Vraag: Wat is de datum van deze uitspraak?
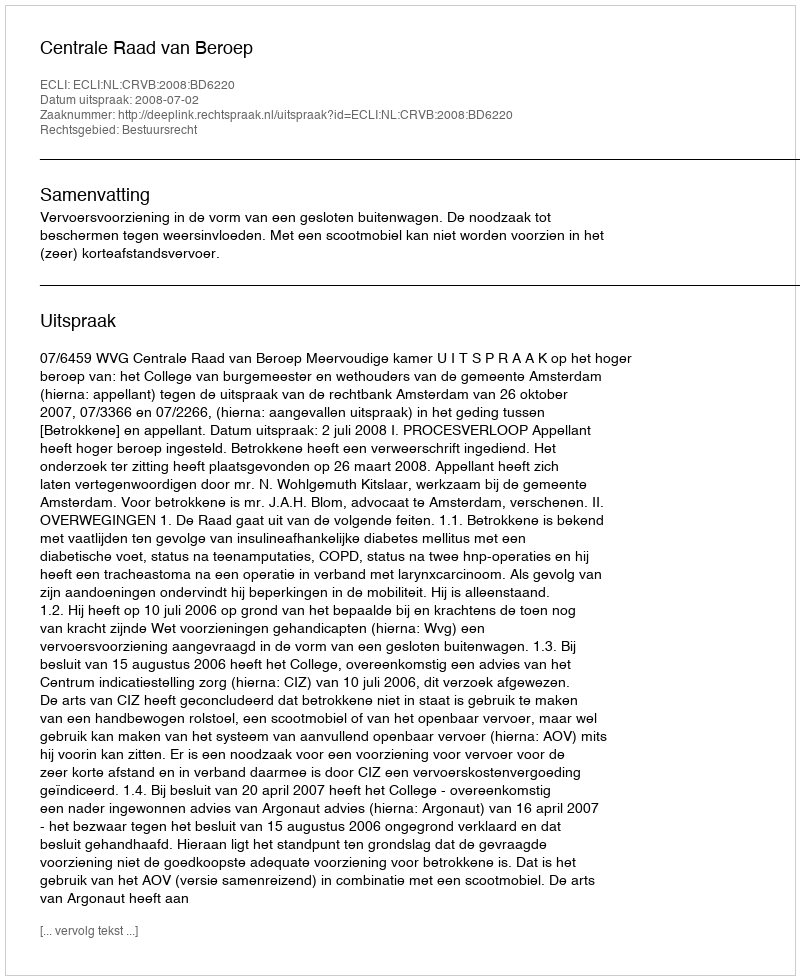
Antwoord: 2008-07-02